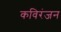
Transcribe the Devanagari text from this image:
कविरंजन